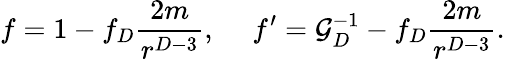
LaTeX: f=1-f_{D}{\frac{2m}{r^{D-3}}},\ \ \ \ \ f^{\prime}={\cal G}_{D}^{-1}-f_{D}{\frac{2m}{r^{D-3}}}.